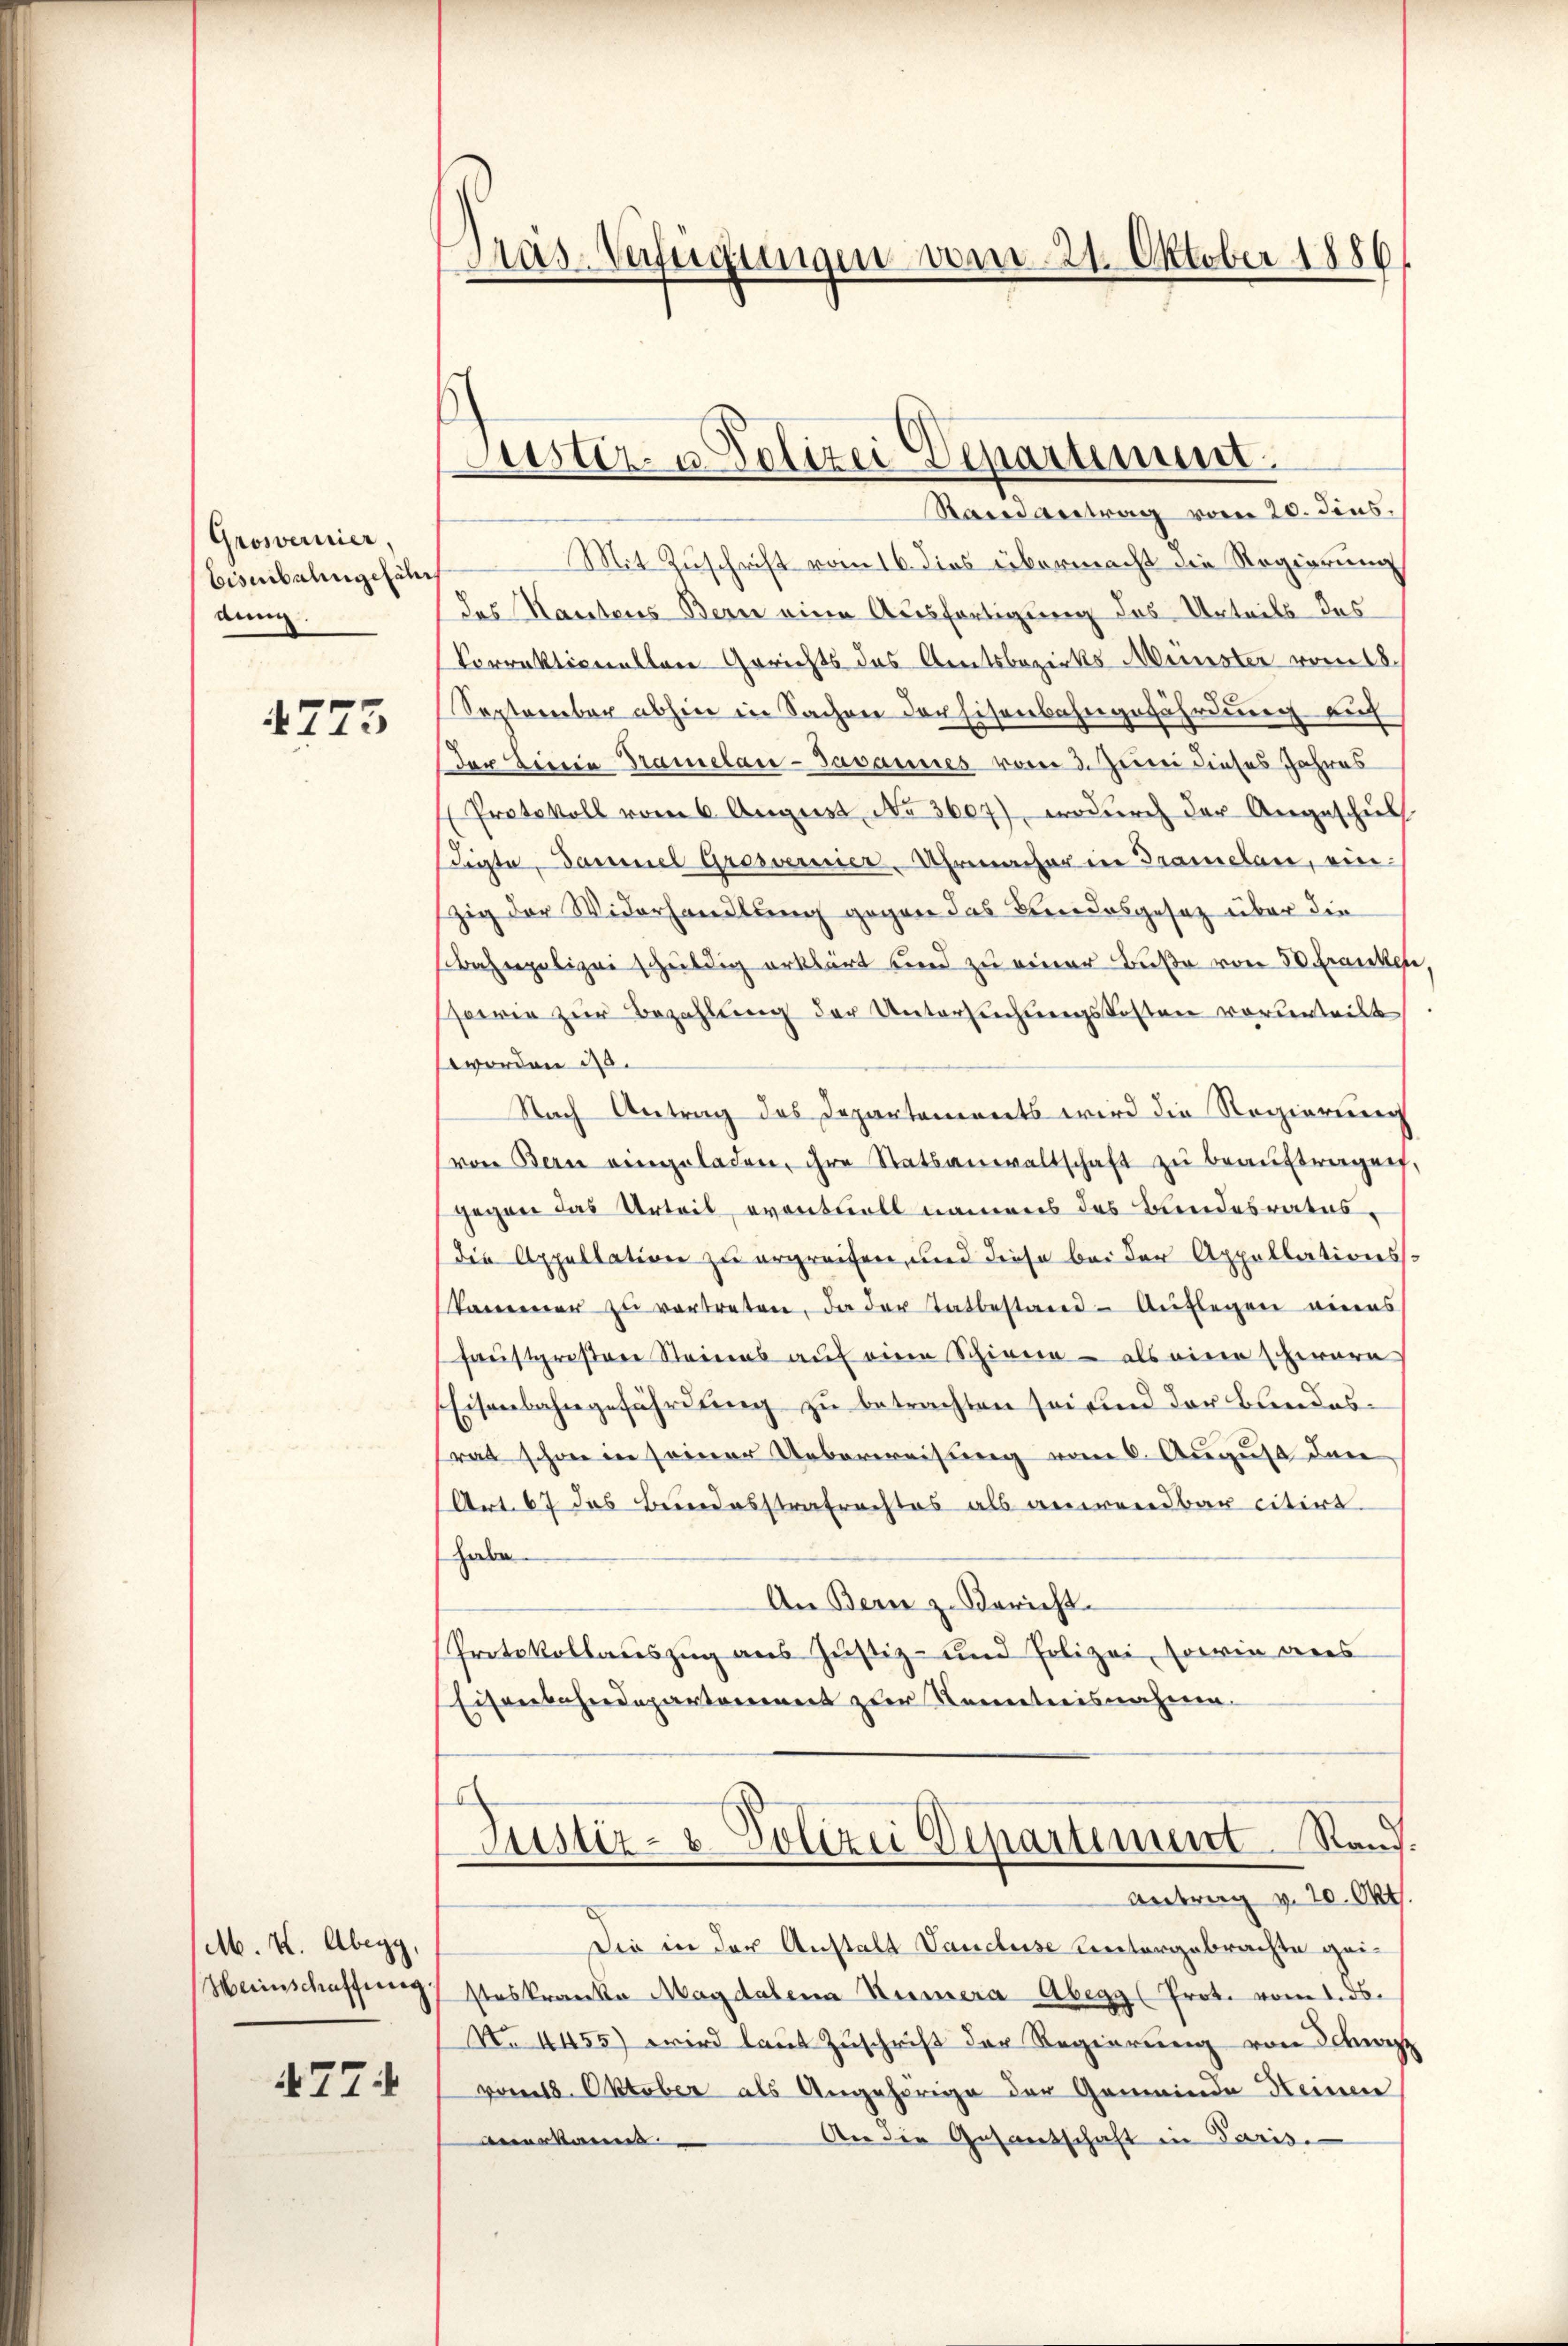
Grosvermier,
Eisenbalingefähr
aun

4723

Rain antrag vom 20. dies,
Mit Zuschrift vom 16. dies übermacht die Regierung
des Kautens Bern eine Ausfertigung das Urteils das
Vorrektionallen Gerichts das Amtsbezirks-Münster vom 18.
September abhin in Sachen der Eisenbahngefährdung auf
Der Liciia Tramelan-Javannes vom 3. Juni dieses Jahres
Protokoll vom 6. August No 3607), wodurch der Angeschul
digte, Dammel Gresverner Uhrmacher in Tramelan, einzig der Widerhandlung gegen das Kindesgesetz über die
bahnpolizei schuldig erklärt und zu einer Buße von 50 Franken,
orie zur Bezahlung der Untersuchungskosten vorderteilt
worden 20.
Nach Antrag des Departements wird die Regierung
von Bern eingeladen, ihre Statsanwaltschaft zŭ beaŭftragen,
gegen das Urteil, eventvoll namens des Bundesrates.
Die Appellation zu ergreifen, und diese bei der Appellationss
kammer zŭ vertreten, da der Tatbestand Auflegen wieens
faustgroßene Steinens auf eine Schienen - als eine ware
Eisenbahngefährdung zu betrachten sei und der Bundesrat schon in seiner Ueberweisung vom 6. August dane
Art. 67 das Bundesstrafrechtes als anwendbar citirt
habe
An Bern z. Bericht.
Protokollauszug aus Justiz- und Polizei, sowie aus
Eisenbahndepartement zur Kenntnisnahme.
Justiz- & Polizei Departement Raud.

M. X. Abegg,
Herischaffung
477

Tras-Verfügungen vom 21. Oktober 1886

Aiustiz- u. Polizei Departement.

Antrag v. 20. Okt.

Die in der Anstalt Vanduse Untergebrachte geisteskranke Magdalena Kumera Abegg (Prot. vom 1. ds.
No 4455) wird laut Zuschrift der Regierung von Schweiz
vom 18. Oktober als Angehörige der Gemeinde Heinen
An die Gesantschaft in Paris.
Anerkanns